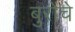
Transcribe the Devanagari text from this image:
बुरोचे